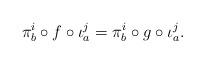
LaTeX: \begin{align*}\pi^i_b\circ f\circ\iota^j_a= \pi^i_b\circ g\circ\iota^j_a.\end{align*}